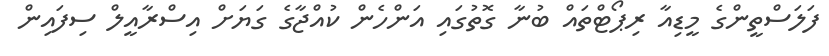
ފަލަސްތީންގެ މީޑިއާ ރިޕޯޓްތައް ބުނާ ގޮތުގައި އަންހެން ކުއްޖާގެ ގަޔަށް އިސްރާއީލް ސިފައިން